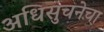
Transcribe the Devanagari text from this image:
अधिसुचनेचा